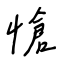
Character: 愴